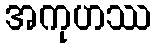
အကုဟဿ